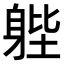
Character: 𨉉